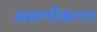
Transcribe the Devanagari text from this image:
सवर्णीकरण